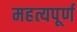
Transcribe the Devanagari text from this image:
महत्यपूर्ण